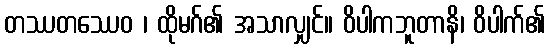
တဿတဿေဝ ၊ ထိုမဂ်၏ အသာလျှင်။ ဝိပါကဘူတာနိ၊ ဝိပါက်၏